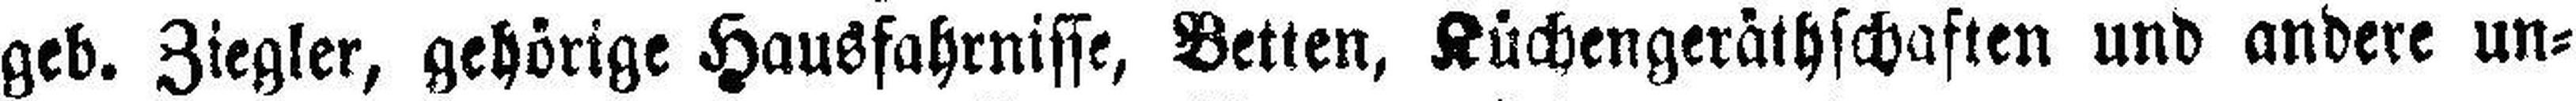
geb. Ziegler, gehörige Hausfahrnisse, Betten, Küchengeräthschaften und andere un¬